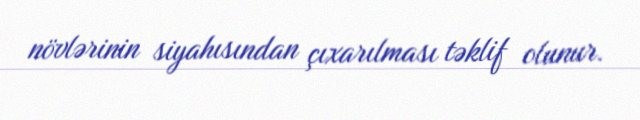
növlərinin siyahısından çıxarılması təklif olunur.